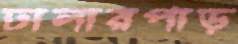
ঢালারপাড়